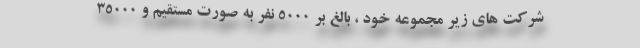
شرکت های زیر مجموعه خود ، بالغ بر 5000 نفر به صورت مستقیم و 35000